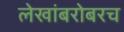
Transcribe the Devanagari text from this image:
लेखांबरोबरच